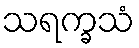
သရက္ခသံ